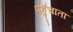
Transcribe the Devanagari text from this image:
पहुॅचाता